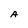
Character: A